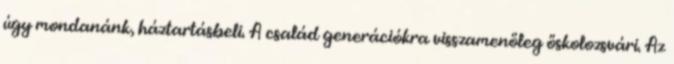
úgy mondanánk, háztartásbeli. A család generációkra visszamenőleg őskolozsvári. Az